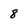
Character: 8